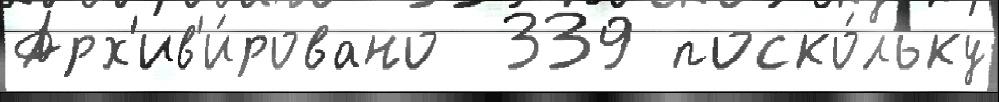
Арх'ив'и́ровано  339 поско́льку